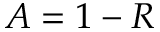
A = 1 - R